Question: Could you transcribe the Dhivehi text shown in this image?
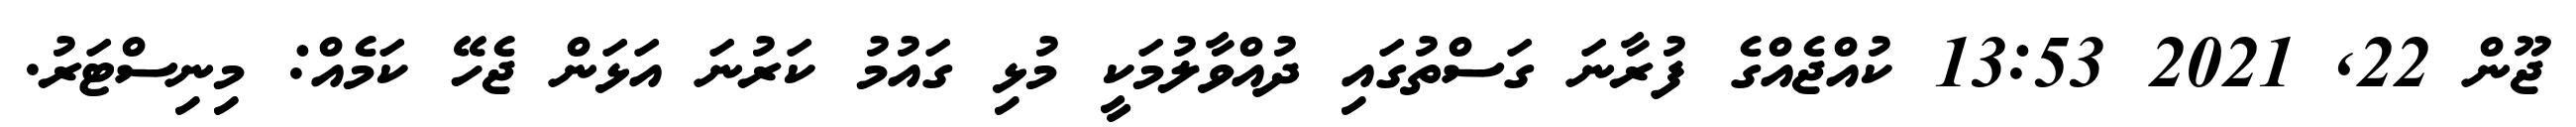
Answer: ޖޫން 22, 2021 13:53 ކުއްޖެއްގެ ފުރާނަ ގަސްތުގައި ދުއްވާލުމަކީ މުޅި ގައުމު ކަރުނަ އަޅަން ޖެހޭ ކަމެއް: މިނިސްޓަރު.